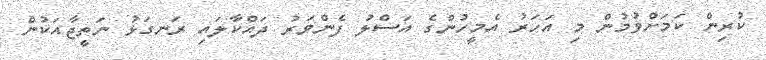
ކުރިން ކަމަށްވުމުން މި އަހަރު އެމީހުންގެ އަސްލު ފެންވަރު ދައްކާލައި ރަނގަޅު ނަތީޖާއަކުން